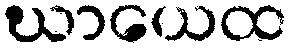
ဃာယေထ